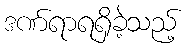
ဒဏ်ရာရရှိခဲ့သည့်